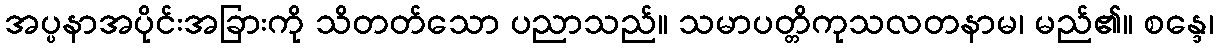
အပ္ပနာအပိုင်းအခြားကို သိတတ်သော ပညာသည်။ သမာပတ္တိကုသလတနာမ၊ မည်၏။ စန္ဒေ၊